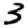
Digit: 3